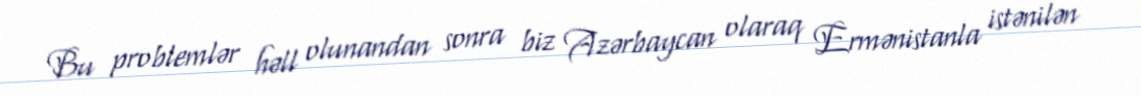
Bu problemlər həll olunandan sonra biz Azərbaycan olaraq Ermənistanla istənilən